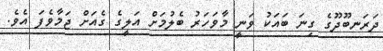
ދަރަނބޫދޫގެ ގިނަ ބައަކު ވަނީ މާވަހަރު ބެލުމަށް އަލީގެ ގެއަށް ޖަމާވެފަ އެވެ.